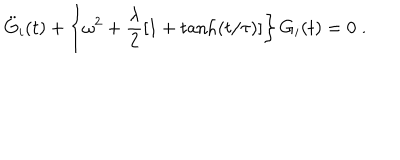
LaTeX: \ddot { G } _ { i } ( t ) + \left\{ \omega ^ { 2 } + \frac { \lambda } { 2 } [ 1 + \tanh ( t / \tau ) ] \right\} G _ { i } ( t ) = 0 \; .